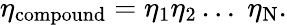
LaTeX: \eta_{\mathrm{compound}}=\eta_{1}\eta_{2}\ldots\; \eta_{\mathrm{N}}.